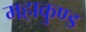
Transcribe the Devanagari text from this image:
महाकुण्ड